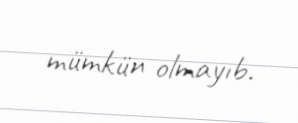
mümkün olmayıb.